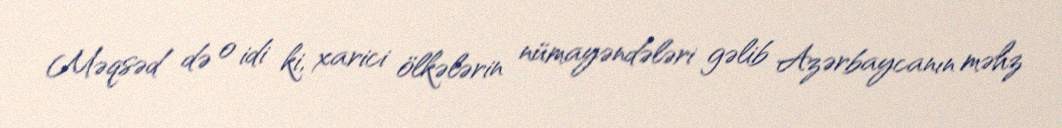
Məqsəd də o idi ki, xarici ölkələrin nümayəndələri gəlib Azərbaycanın məhz